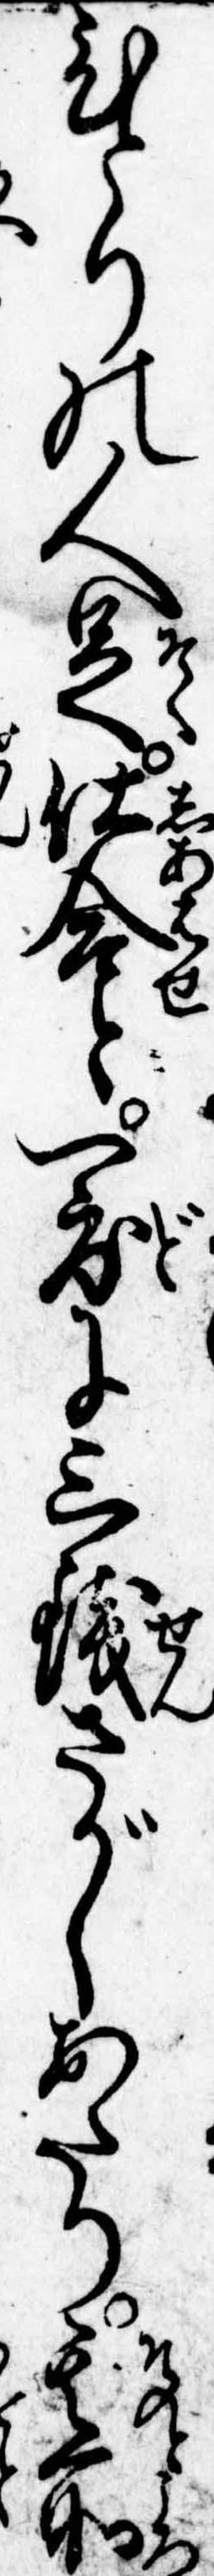
ひとりの人足仕合と一度に三銭さがしあたり其所